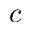
c